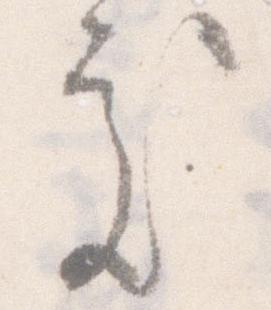
処